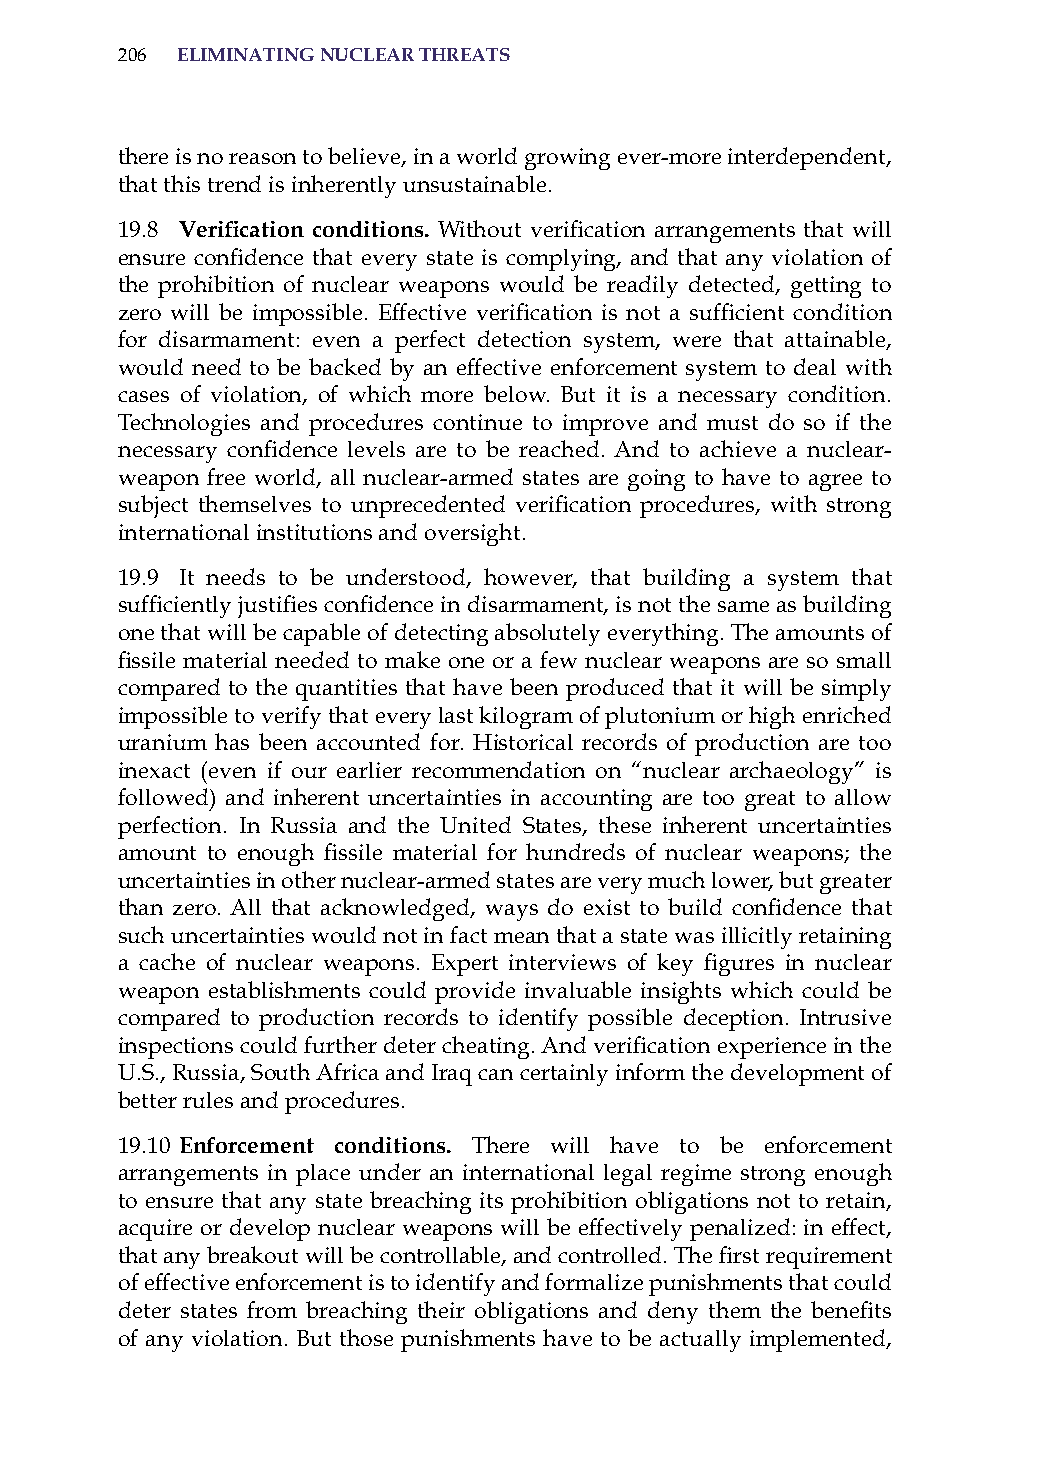
206 eliminatinG nuclear threats
 there is no reason to believe, in a world growing ever-more interdependent,
 that this trend is inherently unsustainable.
 19.8 Verification conditions. Without verification arrangements that will
 ensure confidence that every state is complying, and that any violation of
 the prohibition of nuclear weapons would be readily detected, getting to
 zero will be impossible. Effective verification is not a sufficient condition
 for disarmament: even a perfect detection system, were that attainable,
 would need to be backed by an effective enforcement system to deal with
 cases of violation, of which more below. But it is a necessary condition.
 Technologies and procedures continue to improve and must do so if the
 necessary confidence levels are to be reached. And to achieve a nuclear-
 weapon free world, all nuclear-armed states are going to have to agree to
 subject themselves to unprecedented verification procedures, with strong
 international institutions and oversight.
 19.9 it needs to be understood, however, that building a system that
 sufficiently justifies confidence in disarmament, is not the same as building
 one that will be capable of detecting absolutely everything. The amounts of
 fissile material needed to make one or a few nuclear weapons are so small
 compared to the quantities that have been produced that it will be simply
 impossible to verify that every last kilogram of plutonium or high enriched
 uranium has been accounted for. historical records of production are too
 inexact (even if our earlier recommendation on “nuclear archaeology” is
 followed) and inherent uncertainties in accounting are too great to allow
 perfection. in russia and the United states, these inherent uncertainties
 amount to enough fissile material for hundreds of nuclear weapons; the
 uncertainties in other nuclear-armed states are very much lower, but greater
 than zero. All that acknowledged, ways do exist to build confidence that
 such uncertainties would not in fact mean that a state was illicitly retaining
 a cache of nuclear weapons. Expert interviews of key figures in nuclear
 weapon establishments could provide invaluable insights which could be
 compared to production records to identify possible deception. intrusive
 inspections could further deter cheating. And verification experience in the
 U.s., russia, south africa and iraq can certainly inform the development of
 better rules and procedures.
 19.10 enforcement conditions. There will have to be enforcement
 arrangements in place under an international legal regime strong enough
 to ensure that any state breaching its prohibition obligations not to retain,
 acquire or develop nuclear weapons will be effectively penalized: in effect,
 that any breakout will be controllable, and controlled. The first requirement
 of effective enforcement is to identify and formalize punishments that could
 deter states from breaching their obligations and deny them the benefits
 of any violation. But those punishments have to be actually implemented,